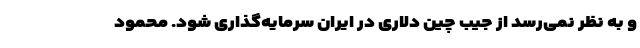
و به نظر نمی‌رسد از جیب چین دلاری در ایران سرمایه‌گذاری شود. محمود